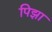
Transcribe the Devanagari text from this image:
पिझा